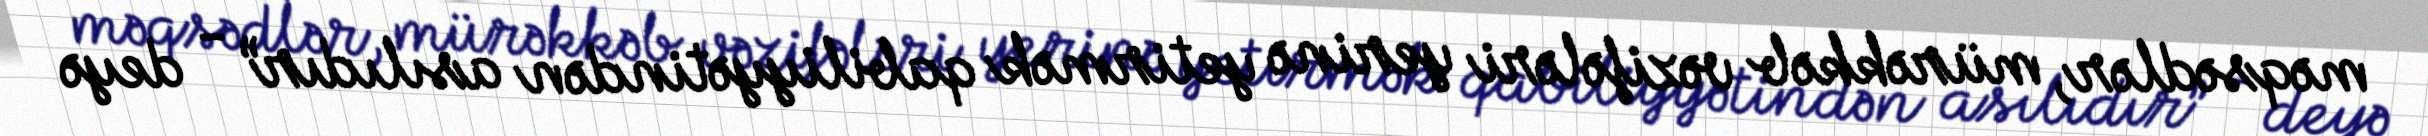
məqsədlər, mürəkkəb vəzifələri yerinə yetirmək qabiliyyətindən asılıdır” - deyə